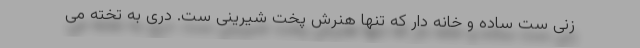
زنی ست ساده و خانه دار که تنها هنرش پخت شیرینی ست. دری به تخته می